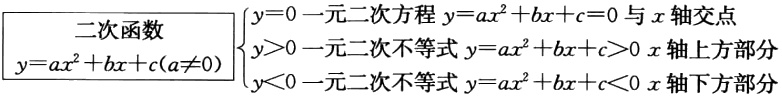
二次函数
\(y = ax^{2}+bx + c(a\neq0)\)
\(\begin{cases}
y = 0 & \text{一元二次方程 }y = ax^{2}+bx + c = 0\text{ 与 }x\text{ 轴交点}\\
y>0 & \text{一元二次不等式 }y = ax^{2}+bx + c>0\text{ }x\text{ 轴上方部分}\\
y<0 & \text{一元二次不等式 }y = ax^{2}+bx + c<0\text{ }x\text{ 轴下方部分}
\end{cases}\)